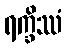
ရက္ခိဿံ